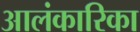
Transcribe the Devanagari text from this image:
आलंकारिका